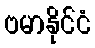
ဗမာနိုင်ငံ